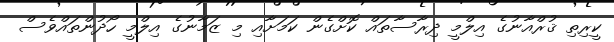
ކީރިތި ޤުރްއާނުގެ އިލްމީ ދިރާސާތައް ކޮށްގެން ކަމަށާއި މި ޒަމާނުގެ އިލްމީ ހޯދުންތައްވެސް